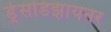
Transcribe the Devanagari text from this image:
ड्रेसडिझायनर